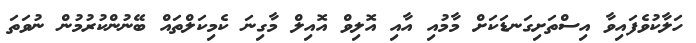
ހަލާކުވެފައިވާ އިސްތަށިގަނޑަކަށް މާމުއި އާއި އޮލިވް އޮއިލް މާގިނަ ކެމިކަލްތައް ބޭނުންކުރުމުން ނުވަތަ